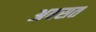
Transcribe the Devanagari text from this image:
अवसत